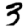
Digit: 3